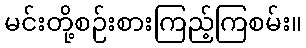
မင်းတို့စဉ်းစားကြည့်ကြစမ်း။